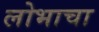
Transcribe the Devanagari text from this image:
लोभाचा